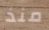
منذ